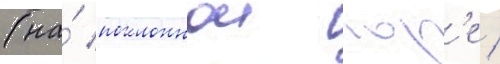
(на́ поклоннои гор'е /